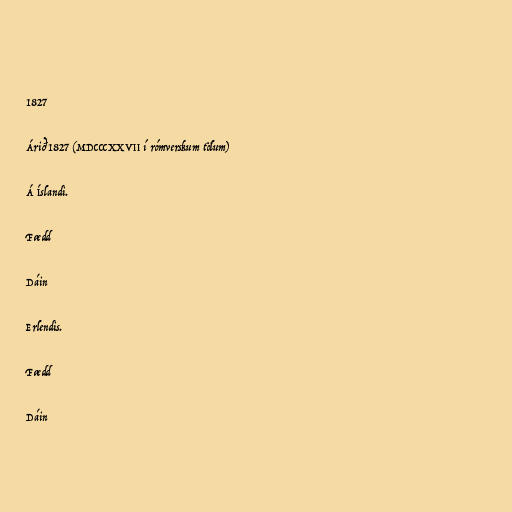
1827

Árið 1827 (MDCCCXXVII í rómverskum tölum)

Á Íslandi.

Fædd

Dáin

Erlendis.

Fædd

Dáin